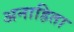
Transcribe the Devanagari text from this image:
अनाहिता